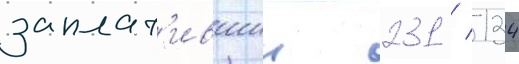
заплат'ившии 231 / 134